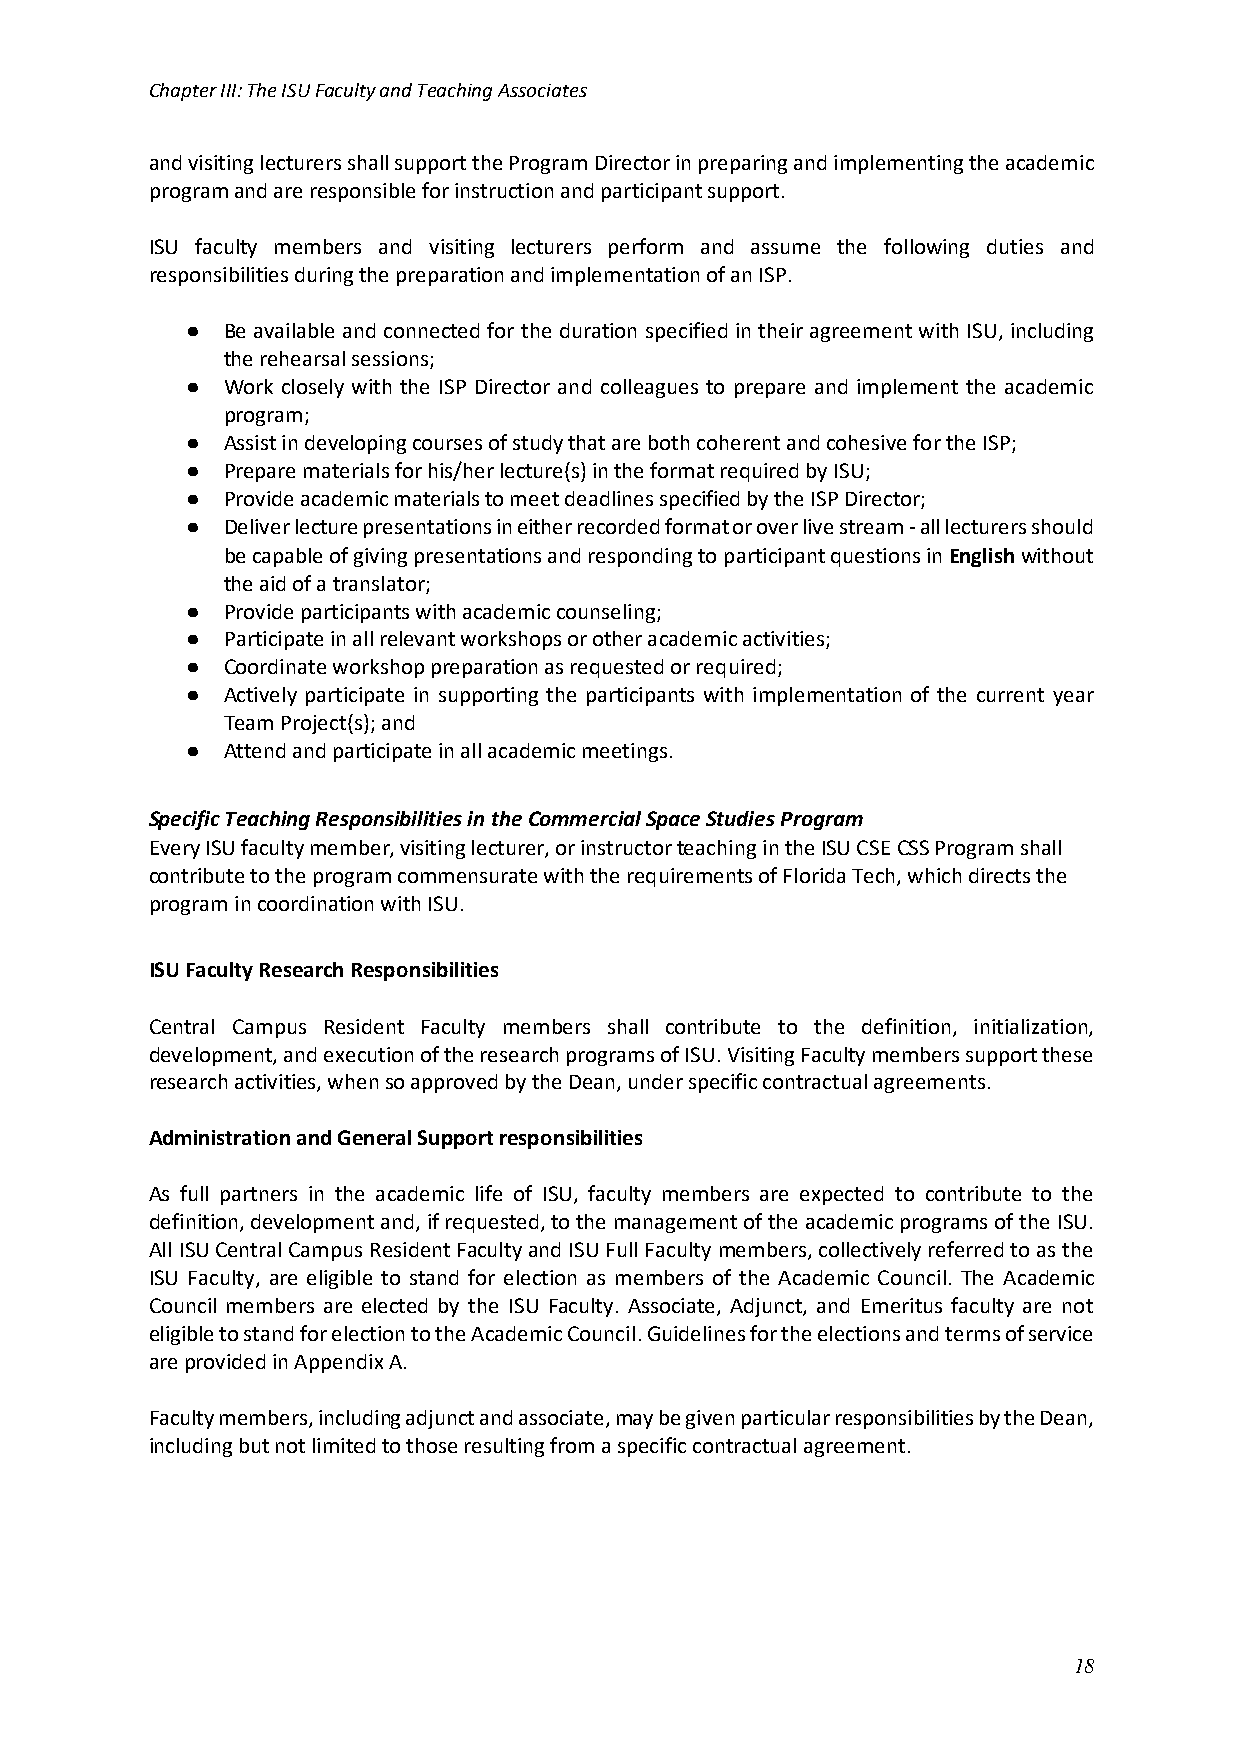
Chapter III: The ISU Faculty and Teaching Associates
 and visiting lecturers shall support the Program Director in preparing and implementing the academic
 program and are responsible for instruction and participant support.
 ISU faculty members and visiting lecturers perform and assume the following duties and
 responsibilities during the preparation and implementation of an ISP.
 ●  Be available and connected for the duration specified in their agreement with ISU, including
 the rehearsal sessions;
 ●  Work closely with the ISP Director and colleagues to prepare and implement the academic
 program;
 ●  Assist in developing courses of study that are both coherent and cohesive for the ISP;
 ●  Prepare materials for his/her lecture(s) in the format required by ISU;
 ●  Provide academic materials to meet deadlines specified by the ISP Director;
 ●  Deliver lecture presentations in either recorded format or over live stream - all lecturers should
 be capable of giving presentations and responding to participant questions in English without
 the aid of a translator;
 ●  Provide participants with academic counseling;
 ●  Participate in all relevant workshops or other academic activities;
 ●  Coordinate workshop preparation as requested or required;
 ●  Actively participate in supporting the participants with implementation of the current year
 Team Project(s); and
 ●  Attend and participate in all academic meetings.
 Specific Teaching Responsibilities in the Commercial Space Studies Program
 Every ISU faculty member, visiting lecturer, or instructor teaching in the ISU CSE CSS Program shall
 contribute to the program commensurate with the requirements of Florida Tech, which directs the
 program in coordination with ISU.
 ISU Faculty Research Responsibilities
 Central Campus Resident Faculty members shall contribute to the definition, initialization,
 development, and execution of the research programs of ISU. Visiting Faculty members support these
 research activities, when so approved by the Dean, under specific contractual agreements.
 Administration and General Support responsibilities
 As full partners in the academic life of ISU, faculty members are expected to contribute to the
 definition, development and, if requested, to the management of the academic programs of the ISU.
 All ISU Central Campus Resident Faculty and ISU Full Faculty members, collectively referred to as the
 ISU Faculty, are eligible to stand for election as members of the Academic Council. The Academic
 Council members are elected by the ISU Faculty. Associate, Adjunct, and Emeritus faculty are not
 eligible to stand for election to the Academic Council. Guidelines for the elections and terms of service
 are provided in Appendix A.
 Faculty members, including adjunct and associate, may be given particular responsibilities by the Dean,
 including but not limited to those resulting from a specific contractual agreement.
 18